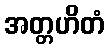
အတ္တဟိတံ